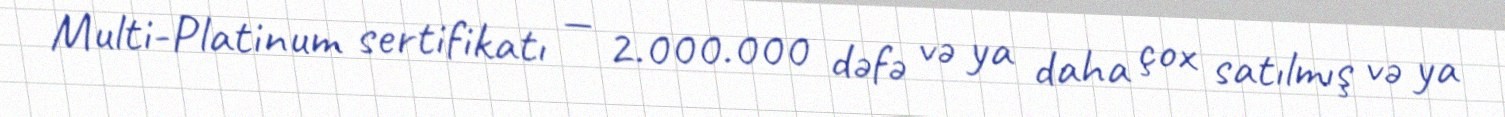
Multi-Platinum sertifikatı — 2.000.000 dəfə və ya daha çox satılmış və ya